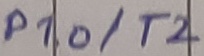
Text: P1.0/T2